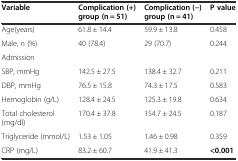
<table><thead><tr><td><b>Variable</b></td><td><b>Complication (+) group (n = 51)</b></td><td><b>Complication (−) group (n = 41)</b></td><td><b>P value</b></td></tr></thead><tbody><tr><td>Age(years)</td><td>61.8 ± 14.4</td><td>59.9 ± 13.8</td><td>0.458</td></tr><tr><td>Male, n (%)</td><td>40 (78.4)</td><td>29 (70.7)</td><td>0.244</td></tr><tr><td>Admission</td><td></td><td></td><td></td></tr><tr><td>SBP, mmHg</td><td>142.5 ± 27.5</td><td>138.4 ± 32.7</td><td>0.211</td></tr><tr><td>DBP, mmHg</td><td>76.5 ± 15.8</td><td>74.3 ± 17.5</td><td>0.583</td></tr><tr><td>Hemoglobin (g/L)</td><td>128.4 ± 24.5</td><td>125.3 ± 19.8</td><td>0.634</td></tr><tr><td>Total cholesterol (mg/dl)</td><td>170.4 ± 37.8</td><td>154.7 ± 24.5</td><td>0.187</td></tr><tr><td>Triglyceride (mmol/L)</td><td>1.53 ± 1.05</td><td>1.46 ± 0.98</td><td>0.359</td></tr><tr><td>CRP (mg/L)</td><td>83.2 ± 60.7</td><td>41.9 ± 41.3</td><td><b>&lt;0.001</b></td></tr></tbody></table>